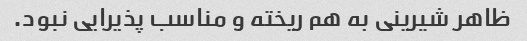
ظاهر شیرینی به هم ریخته و مناسب پذیرایی نبود.